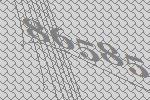
86585